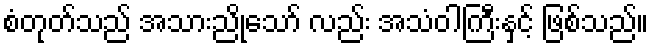
စံတုတ်သည် အသားညိုသော် လည်း အသံဝါကြီးနှင့် ဖြစ်သည်။